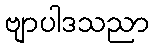
ဗျာပါဒသညာ